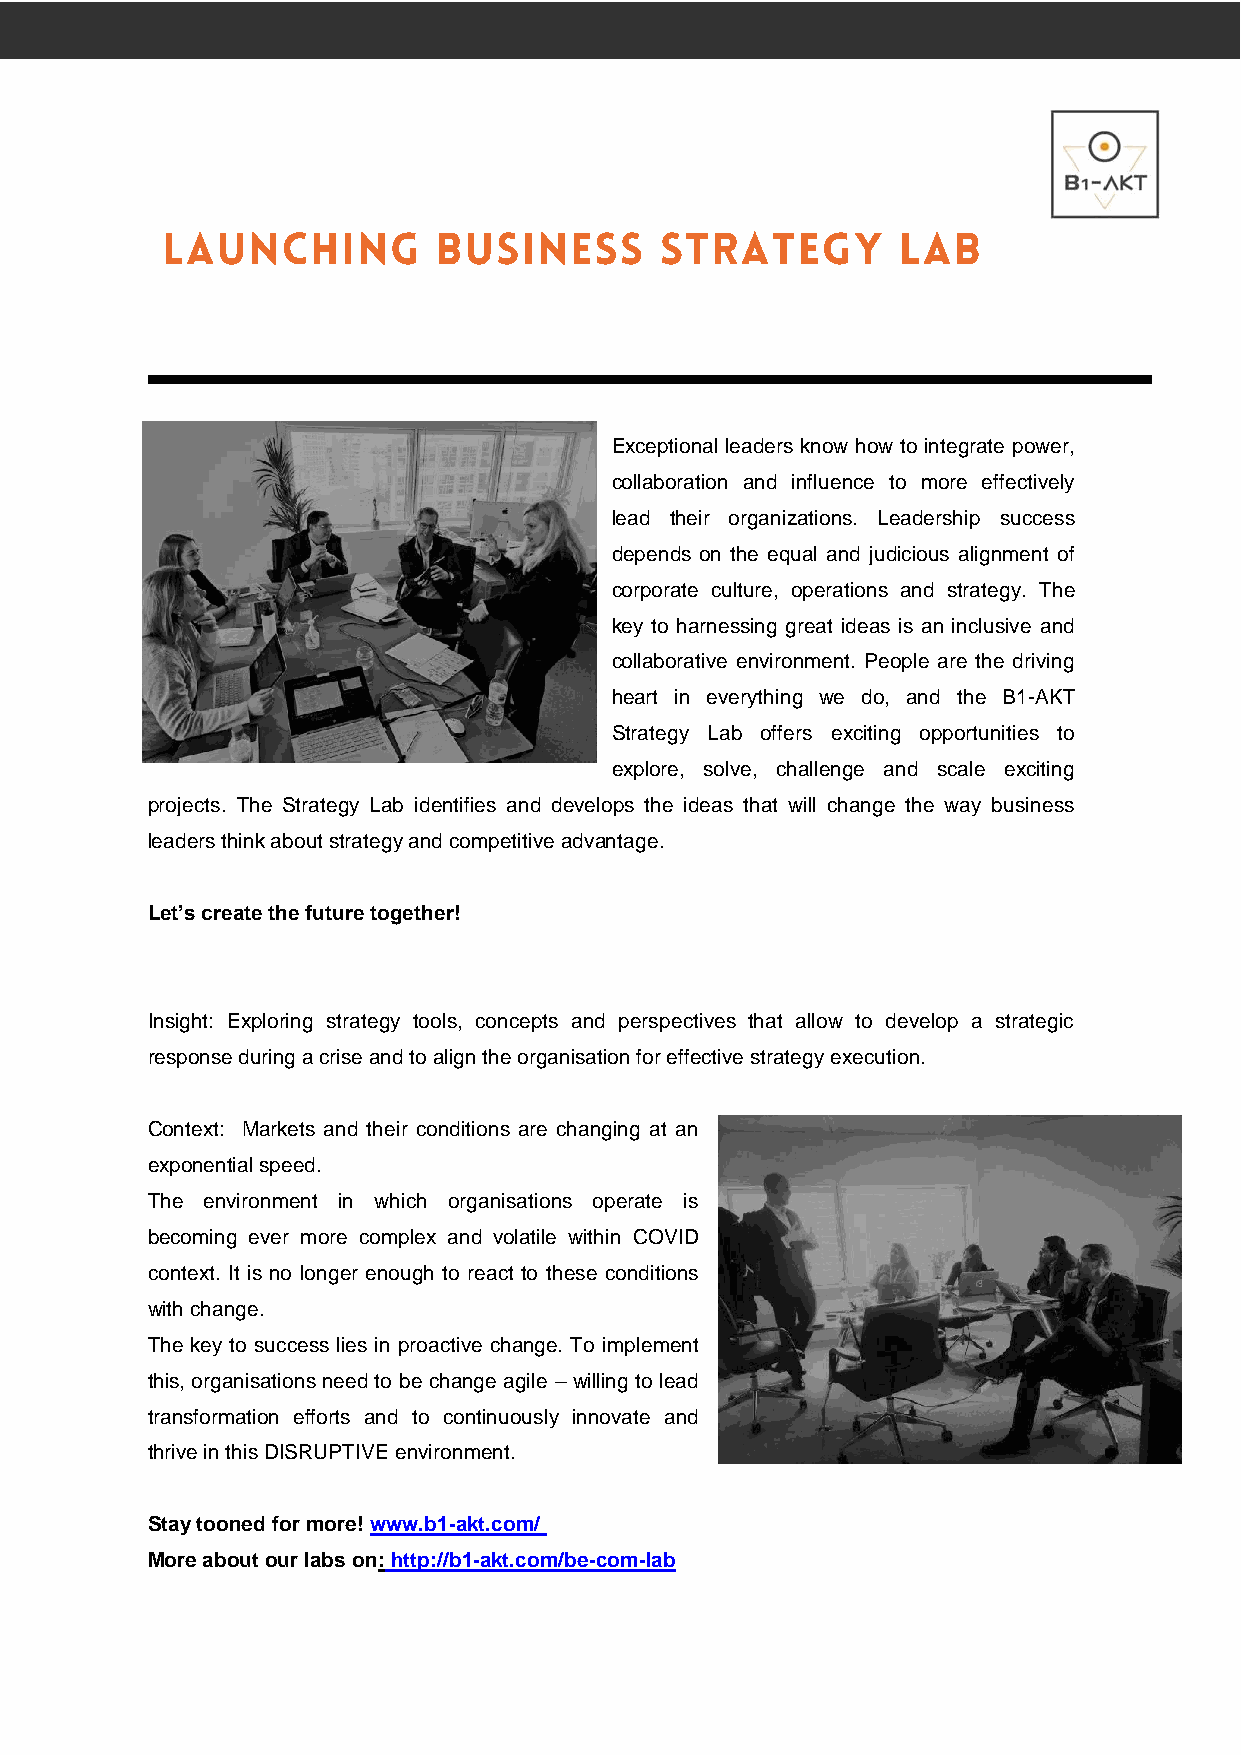
Exceptional leaders know how to integrate power,
 collaboration and influence to more effectively
 lead their organizations. Leadership success
 depends on the equal and judicious alignment of
 corporate culture, operations and strategy. The
 key to harnessing great ideas is an inclusive and
 collaborative environment. People are the driving
 heart in everything we do, and the B1-AKT
 Strategy Lab offers exciting opportunities to
 explore, solve, challenge and scale exciting
 projects. The Strategy Lab identifies and develops the ideas that will change the way business
 leaders think about strategy and competitive advantage.
 Let’s create the future together!
 Insight: Exploring strategy tools, concepts and perspectives that allow to develop a strategic
 response during a crise and to align the organisation for effective strategy execution.
 Context: Markets and their conditions are changing at an
 exponential speed.
 The environment in which organisations operate is
 becoming ever more complex and volatile within COVID
 context. It is no longer enough to react to these conditions
 with change.
 The key to success lies in proactive change. To implement
 this, organisations need to be change agile – willing to lead
 transformation efforts and to continuously innovate and
 thrive in this DISRUPTIVE environment.
 Stay tooned for more! www.b1-akt.com/
 More about our labs on: http://b1-akt.com/be-com-lab